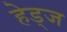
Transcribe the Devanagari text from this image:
हेड्ज